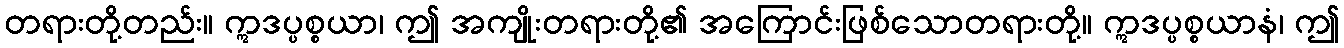
တရားတို့တည်း။ ဣဒပ္ပစ္စယာ၊ ဤ အကျိုးတရားတို့၏ အကြောင်းဖြစ်သောတရားတို့။ ဣဒပ္ပစ္စယာနံ၊ ဤ